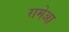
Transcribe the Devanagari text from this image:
रामेआ